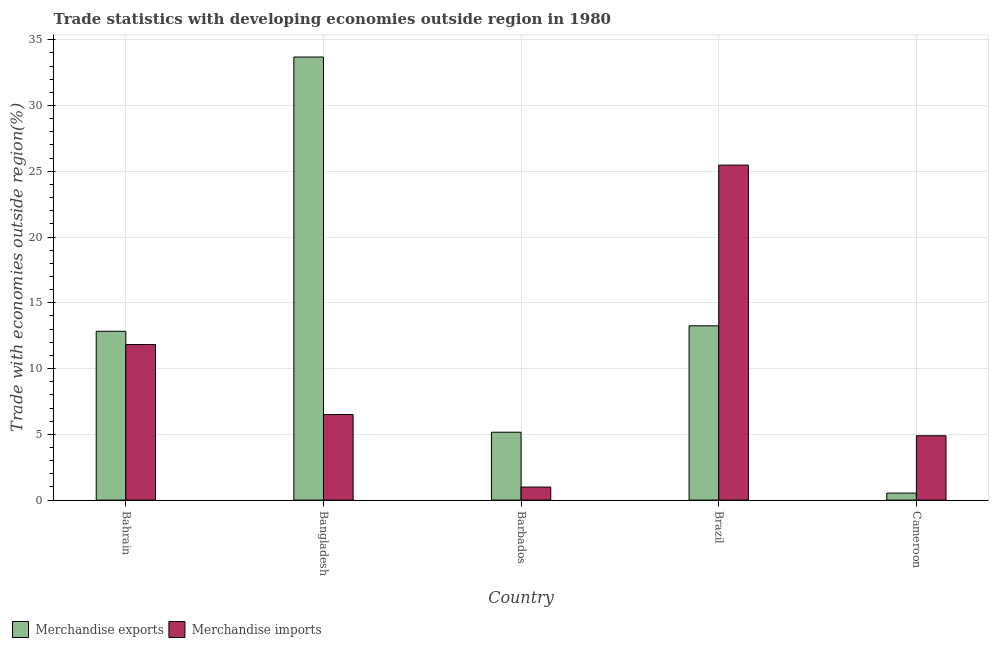
| Country | Merchandise exports | Merchandise imports |
 | --- | --- | --- |
 | Bahrain | 12.8 | 11.8 |
 | Bangladesh | 33.7 | 6.5 |
 | Barbados | 5.16 | 0.992 |
 | Brazil | 13.3 | 25.5 |
 | Cameroon | 0.532 | 4.89 |